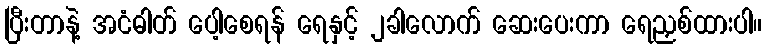
ပြီးတာနဲ့ အငံဓါတ် ပေါ့စေရန် ရေနှင့် ၂ခါလောက် ဆေးပေးကာ ရေညှစ်ထားပါ။